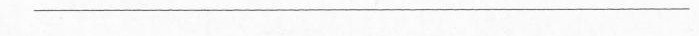
___